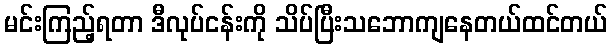
မင်းကြည့်ရတာ ဒီလုပ်ငန်းကို သိပ်ပြီးသဘောကျနေတယ်ထင်တယ်